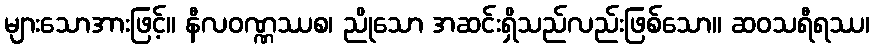
များသောအားဖြင့်။ နီလဝဏ္ဏဿစ၊ ညိုသော အဆင်းရှိသည်လည်းဖြစ်သော။ ဆဝသရီရဿ၊